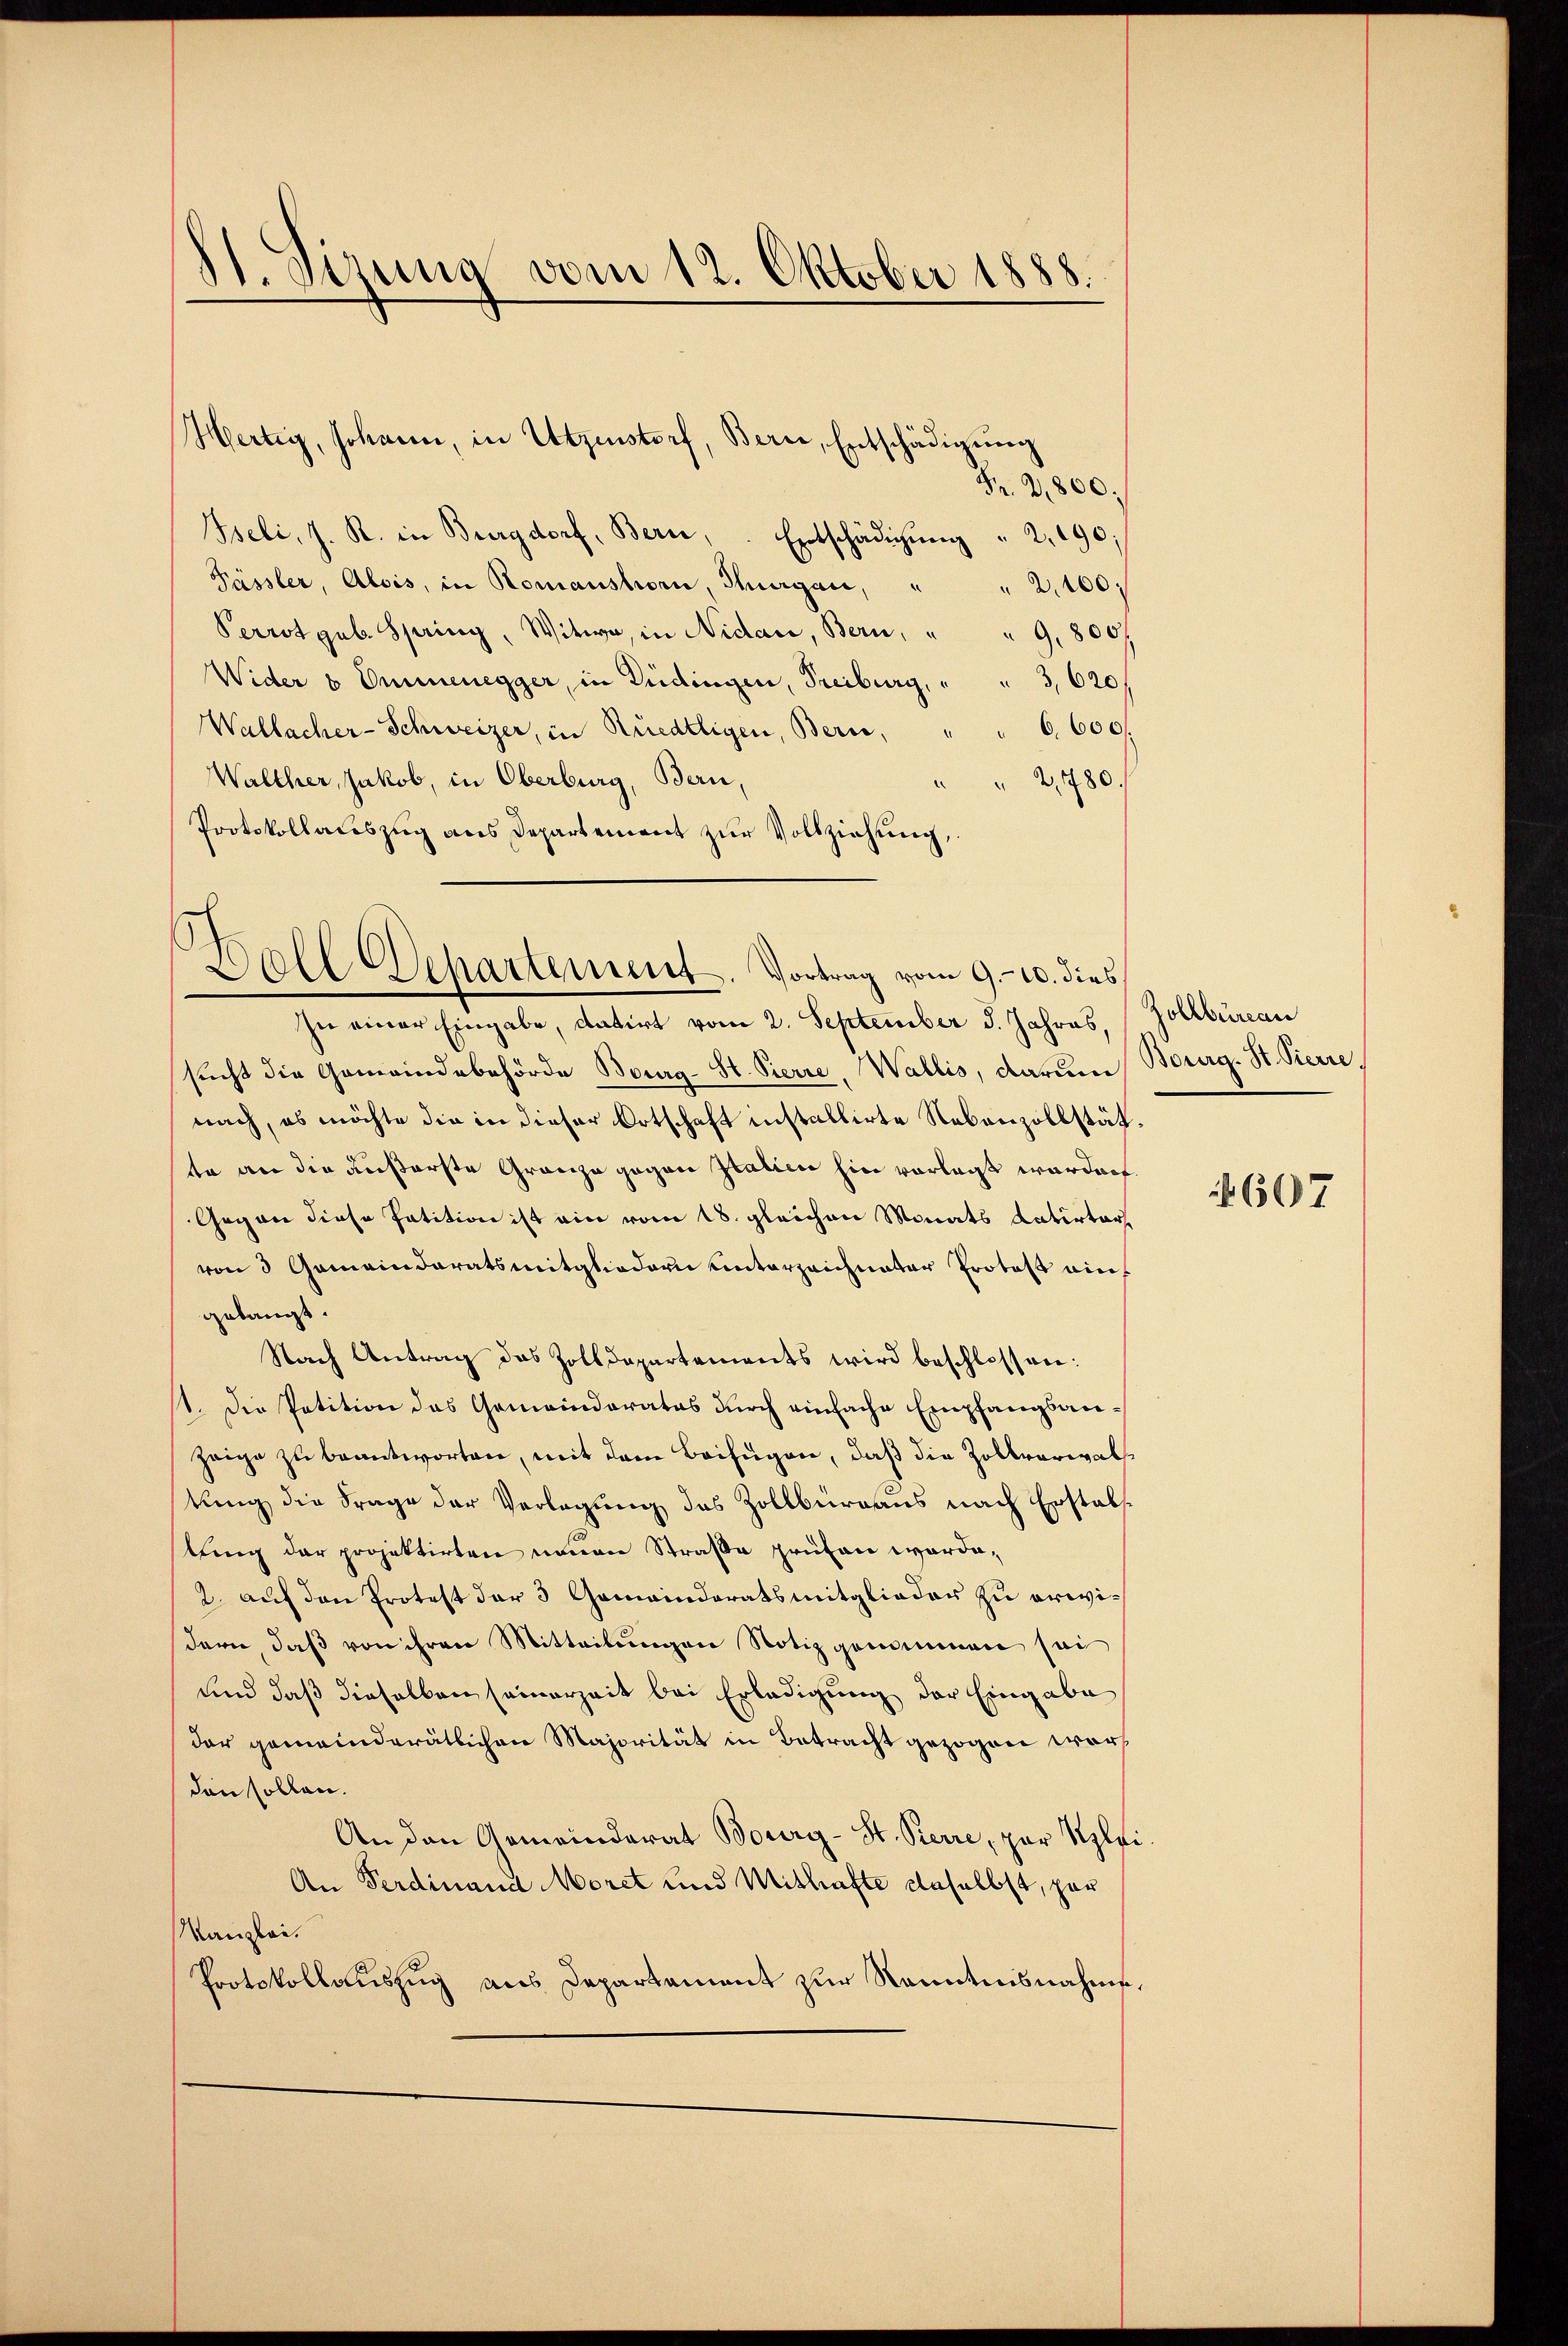
11. Sirna vom 12. Oktober 1888.

Fr. 2800.
Iseli, J. R. in Burgdorf, Berne, Entschädigŭng " 2,190;
Pässler, Alois, in Romanshorn, Thurgau, " " 2,400,
Perrot geb. Spring, Witwe, in Nidau, Bern, " " 9,800
Wider 8 Ommenegger, in Büdingen, Freiburg, " " 3,620/
6,600
Wallacher-Schweizer, in Riedtligen, Bern,
Walther, Jakob, in Oberburg, Bern,
" 2,780.
Protokollauszug aus Departement zur Vollziehung,

Hertig, Johann, in Utzinstorf, Bern, Entschädigŭng

d
.
Zoll Separtement. Vortrag vom 9.10. dies

In einer Eingabe, datirt vom 2. September d. Jahres,
sucht die Gemeindebehörde Bourg-St. Pierre, Wallis, darum,
nach, es möchte die in dieser Ortschaft installirte Nebenzollstätte an die äußerste Gränze gegen station hin vorlegt worden.
Gegen diese Patition ist ein vom 18. gleichen Monats Latirter
von 3 Gemeinderatsmitgliedern unterzeichnator Protos ain
gelangt.
Nach Antrag des Zolldepartements wird beschlossen:
1. Die Petition das Gemeinderates durch einfache Empfangsanzeige zu beantworten, mit dem Beifügen, daß die Zollverwalkung die Frage der Verlegung des Zollbüreaus nach Erstab
lung der projektirten neuen Straße prüfen worde-
2. auf den Protest der 3 Gemeinderatsmitglieder zu erwidern daß von ihren Mitteilungen Notiz genommen sei
und daß dieselben seinerzeit bei Erledigung der Eingabe
dar gemeinderätlichen Majorität in Betracht gezogen wordan sollen.
An den Gemeinderat Bourg-St. Kerre, par Klei¬
An Ferdinand Moret und Mithafte daselbst, par
Kanzlei.
Protokollauszug aus Departament zur Kenntnisnahme,

Zollbüreau
Bourg. St. Pierre

1607